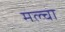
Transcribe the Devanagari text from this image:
मल्‍चा